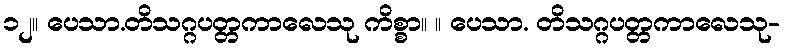
၁၂။ ပေသာ.တိသဂ္ဂပတ္တကာလေသု ကိစ္စာ။ ။ ပေသာ. တိသဂ္ဂပတ္တကာလေသု-